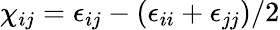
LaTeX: \chi_{ij}=\epsilon_{ij}-(\epsilon_{ii}+\epsilon_{jj})/2